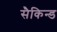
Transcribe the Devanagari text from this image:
सैकिन्ड